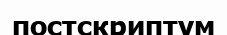
постскриптум